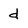
Character: d